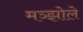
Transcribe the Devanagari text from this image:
मञ्झोले